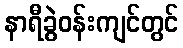
နာရီခွဲဝန်းကျင်တွင်